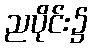
ညပိုင်း၌